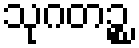
သုဂတဉ္စ